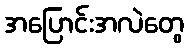
အပြောင်းအလဲတွေ